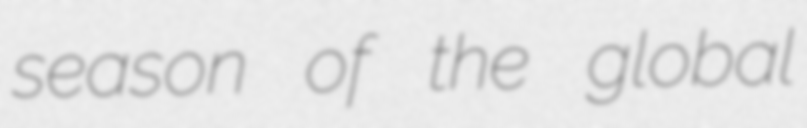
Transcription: season of the global